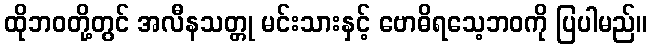
ထိုဘဝတို့တွင် အလီနသတ္တု မင်းသားနှင့် ဗောဓိရသေ့ဘဝကို ပြပါမည်။